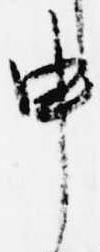
申